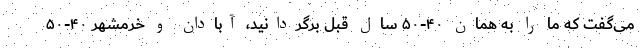
می‌گفت که ما را به همان ۴۰-۵۰ سال قبل برگردانید، آبادان و خرمشهر ۴۰-۵۰